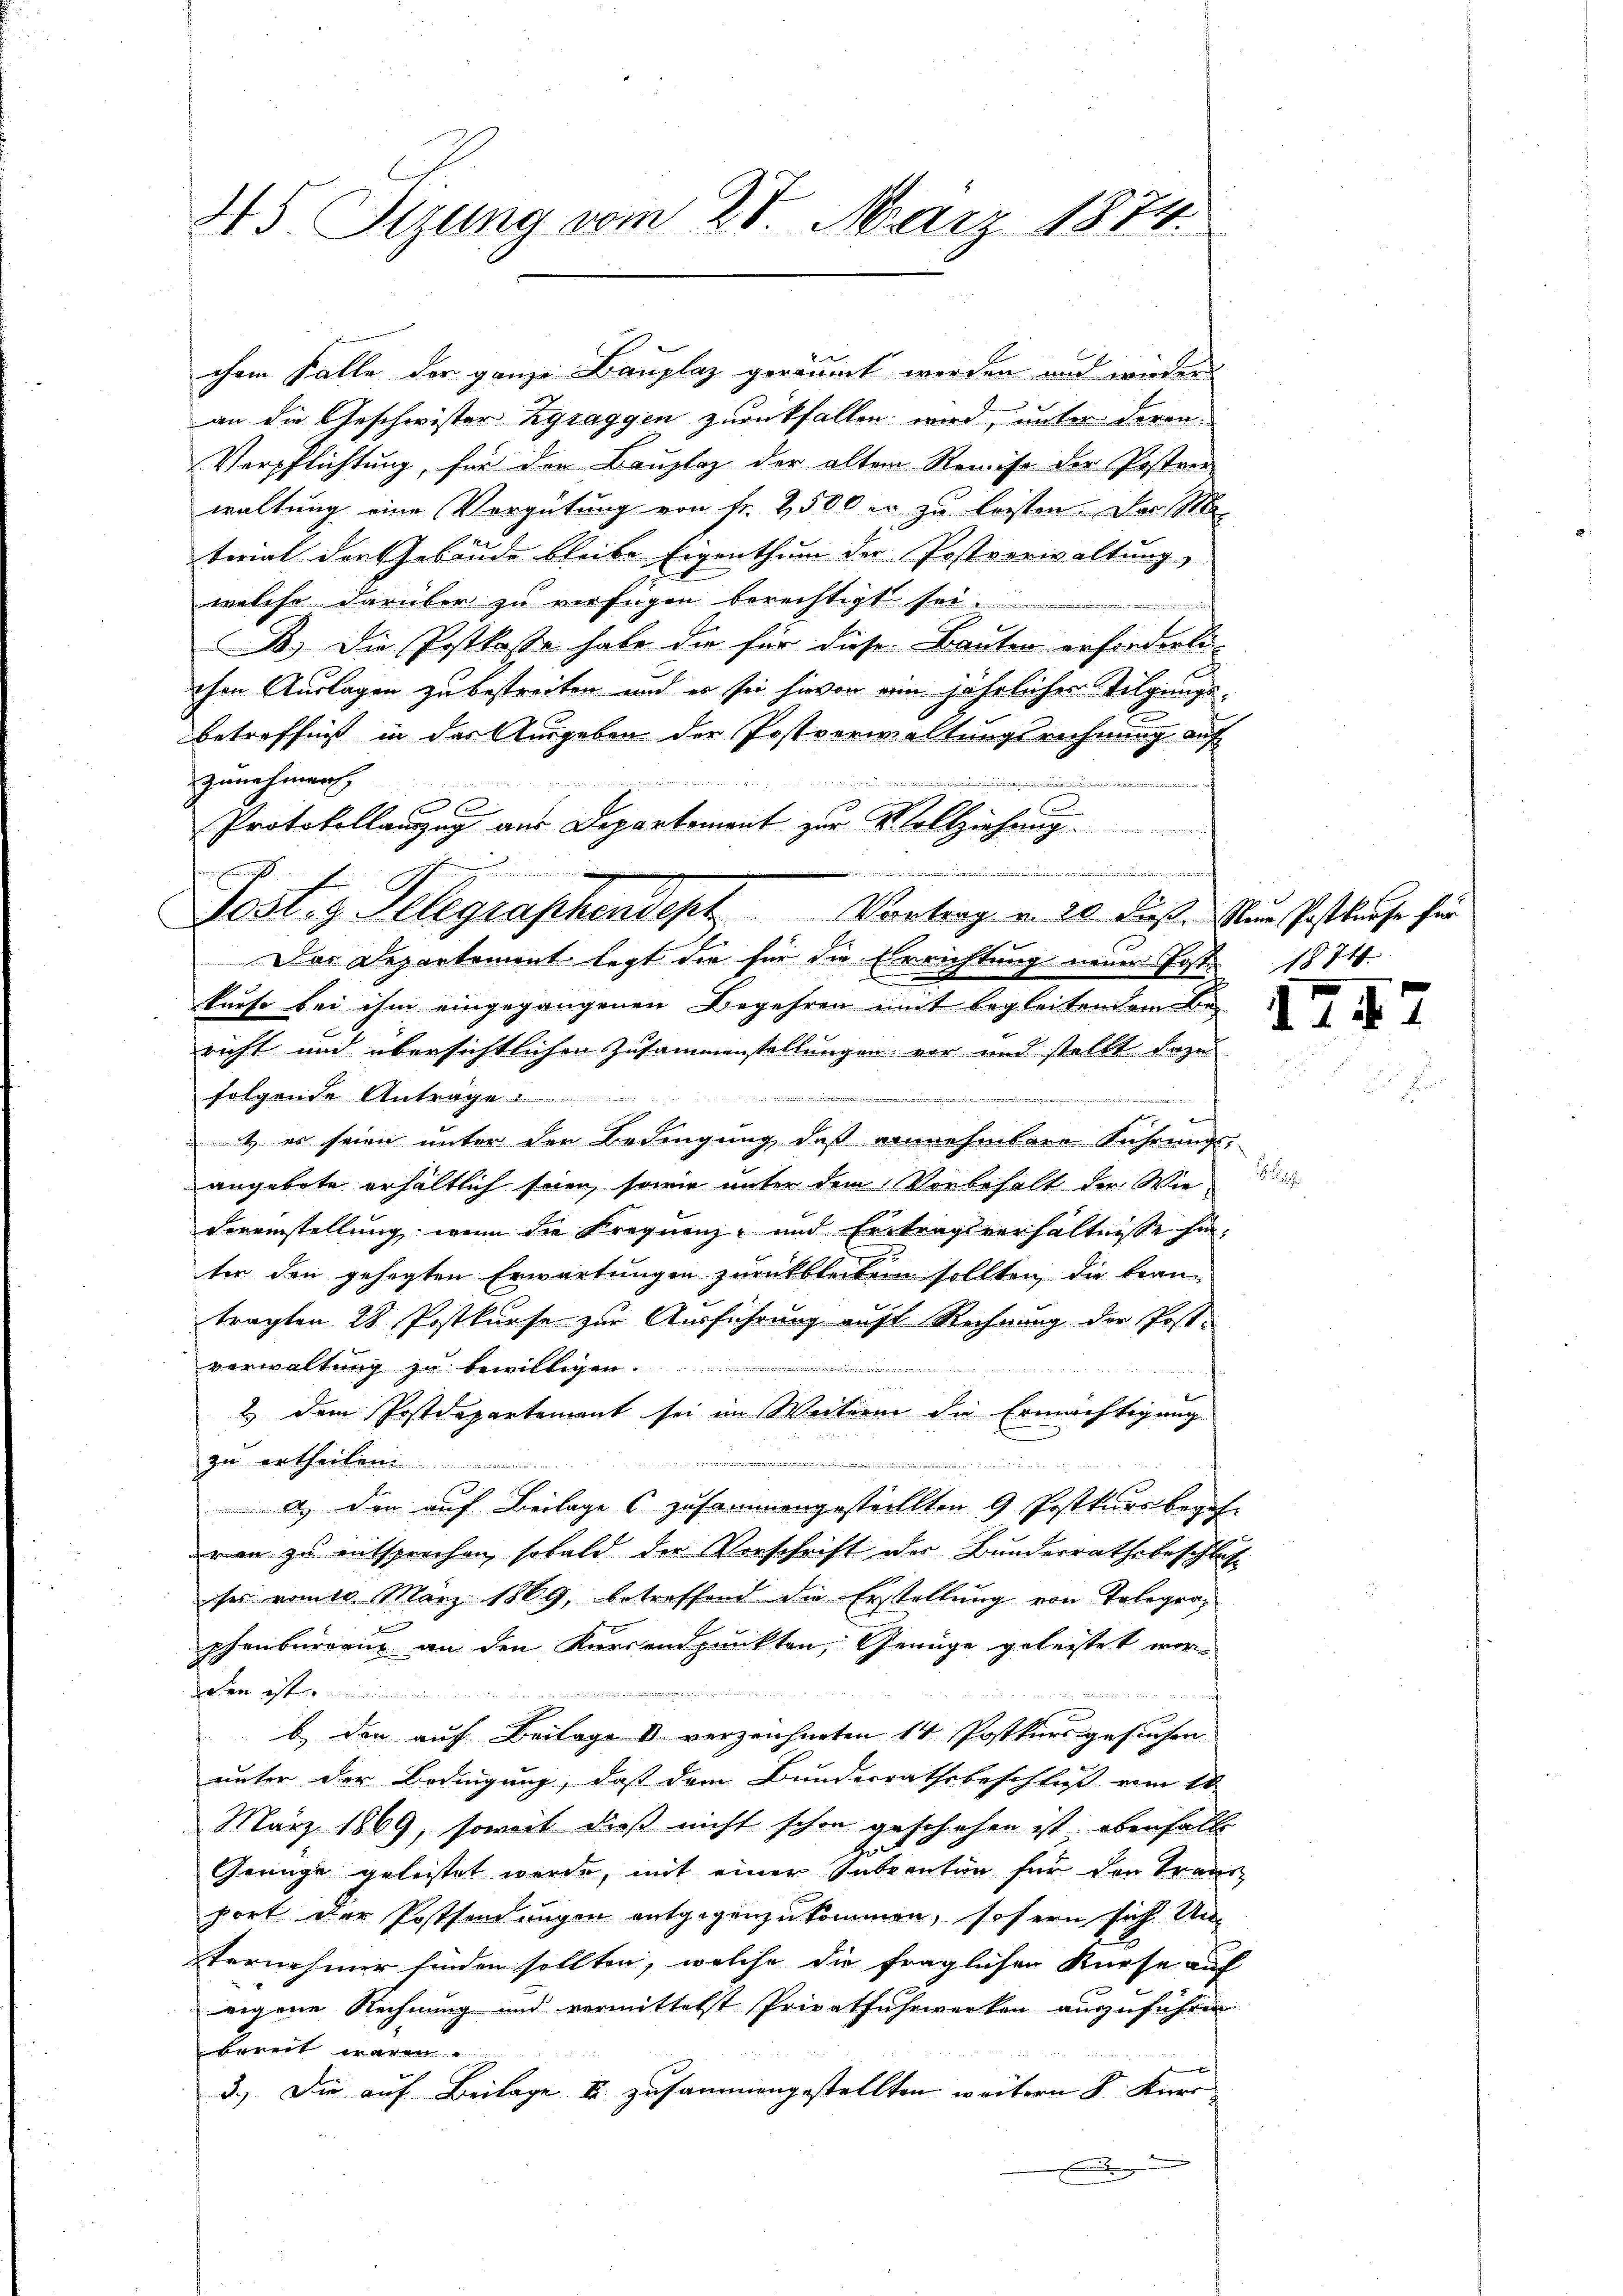
45 Sizung vom 28. März 1874.

chem Falle der ganze Bauplaz geräumt werden und wieder
an die Geschwister Zgraggen zurückfallen wird, unter deren
Verpflichtung, für der Bauplaz der altem Reise der Poster
waltung eine Vergütung von Fr. 2500 er zu leisten. Der Me
terial der Gebäude bleibe Eigenthum der Postverwaltung,
welche darüber zu verfügen berechtigt sei.
f
B.) Die Postkasse habe die für diese Bauten erforderli
chen Auslagen zu bestreiten und es sei hievon eine jährlicher Tilgungsbetreffnis in das Ausgeben der Postverwaltungsrechnung auf
zunehmen
r

3
C
Aucia er die dies als Büdget und hätte u. der ein der 225, 223. Sei der Municinister den 32. 54 x
Das Departement legt die für die Errichtung neuer Post 1874.
kurse bei ihm eingegangenen Begehren mit begleitendem Be-
richt und übersichtlichen Zusammenstellungen vor und stellt dazu
folgende Antrage
e
 risati
1) es seien unter der Bedingung daß annehmbare Führungs-
angebote erhältlich seien, sowie unter dem Vorbehalt der Wie-
Vereinstellung, wenn die Frequenz- und Ertragsverhältnisse hinter den gehegten Erwartungen zurückbleiben sollten, die bean-
tragten 28. Postkurse zur Ausführung auf Rechnung der Post-
vorwaltung zu bewilligen.
2.) Dem Postdepartement sei im Weiterin die Ermächtigung
zu ertheilen.
n
a) den auf Beilage zusammengestellten 9 Postkursbegeh-
ran zu entsprechen, sobald der Vorschrift der Bunderrathsbeschlo
ses vom 10. März 1869, betreffend die Erstellung von Telegerphenburerin an den Kursendpunkten, Genüge geleistet woren ist
f
b den auf Beilage k verzeichneten 14 Postkurs gesuchen
unter der Bedingung, daß dem Bundesrathsbeschluß vom 18.
März 1869, soweit dieß nicht schon geschehen ist ebenfalls
H
Grünge geleistet werde, mit einer Subventin für den Transport der Postsendungen entgegenzukommen, sofern sich Unternehmer finden sollten, welche die fraglichen Kurse auf
eigene Rechnung und vermittelst Privatfuhrwerken auszuführen
bereit waren.
3.) Die auf Beilage II. zusammengestellten weitern F. Kurs

Protokollauszug aus Departement zur Vollziehung.

Post. g. Telegraphendept. Vortrage von 20. Fuß. Nur Postkurse für

1
s

II7